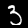
Label: 3